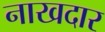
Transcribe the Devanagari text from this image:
नाखदार